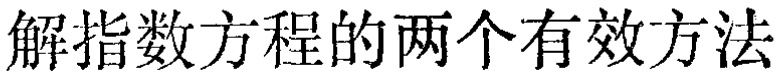
解指数方程的两个有效方法